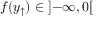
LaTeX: f ( y _ { \uparrow } ) \in \left] - \infty , 0 \right[